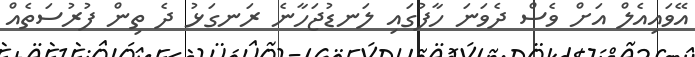
އޭވައިއެލް އަށް ވެސް ދެވަނަ ހާފުގައި ލަނޑުޖަހާނެ ރަނގަޅު ދެ ތިން ފުރުސަތެއް